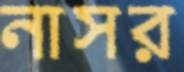
নাসর